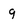
Character: 9